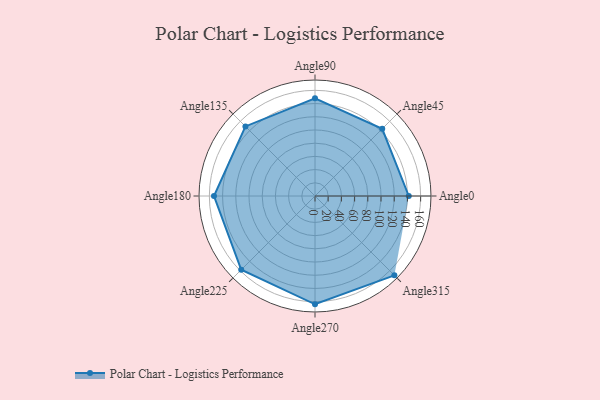
{"axis": {"x": "Angle", "y": "Radius"}, "legend": [""], "data": [{"x": "Angle0", "y": 142.0, "type": ""}, {"x": "Angle45", "y": 144.0, "type": ""}, {"x": "Angle90", "y": 148.0, "type": ""}, {"x": "Angle135", "y": 149.0, "type": ""}, {"x": "Angle180", "y": 153.0, "type": ""}, {"x": "Angle225", "y": 158.0, "type": ""}, {"x": "Angle270", "y": 164.0, "type": ""}, {"x": "Angle315", "y": 170.0, "type": ""}]}